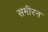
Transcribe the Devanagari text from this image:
समीरन